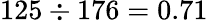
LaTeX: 125\div 176=0.71